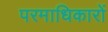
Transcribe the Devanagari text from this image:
परमाधिकारों